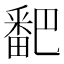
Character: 𬏓